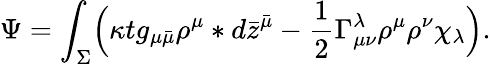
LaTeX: \Psi=\int_{\Sigma}\Bigl(\kappa tg_{\mu\bar{\mu}}\rho^{\mu}*d\bar{z}^{\bar{\mu}}-\frac{1}{2}\Gamma_{\mu\nu}^{\lambda}\rho^{\mu}\rho^{\nu}\chi_{\lambda}\Bigr).